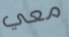
معي